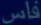
فَاسِ